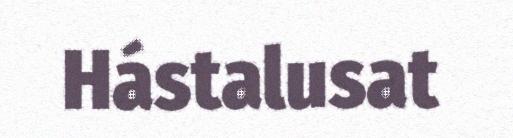
Hástalusat